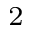
^ 2